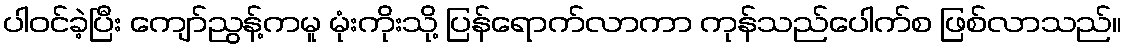
ပါဝင်ခဲ့ပြီး ကျော်ညွန့်ကမူ မုံးကိုးသို့ ပြန်ရောက်လာကာ ကုန်သည်ပေါက်စ ဖြစ်လာသည်။